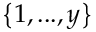
\left\{ 1 , . . . , y \right\}